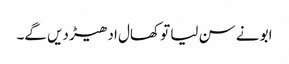
ابو نے سن لیا تو کھال ادھیڑ دیں گے۔